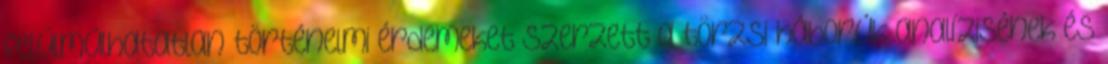
felül­múl­hatatlan történelmi érdemeket szerzett a törzsi háborúk analí­zi­sé­nek és